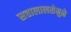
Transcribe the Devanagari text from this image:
सत्तालालसेमुळे